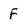
Character: F